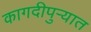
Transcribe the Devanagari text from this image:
कागदीपुर्‍यात